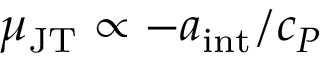
\mu _ { \mathrm { J T } } \propto - a _ { \mathrm { i n t } } / c _ { P }